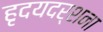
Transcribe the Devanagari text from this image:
हृदयदर्शना